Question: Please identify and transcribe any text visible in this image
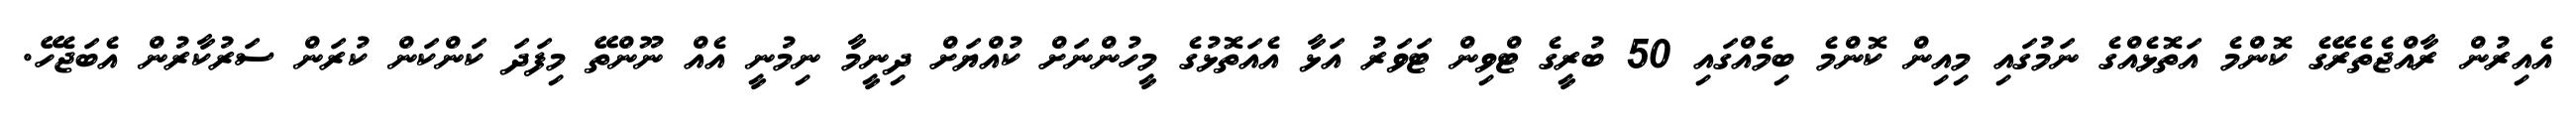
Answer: އެއިރުން ރާއްޖެތެރޭގެ ކޮންމެ އަތޮޅެއްގެ ނަމުގައި މިއިން ކޮންމެ ބިމެއްގައި 50 ބުރީގެ ޓްވިން ޓަވަރު އަޅާ އެއަތޮޅުގެ މީހުންނަށް ކުއްޔަށް ދިނީމާ ނިމުނީ އެއް ނޫންތޭ މިފަދަ ކަންކަން ކުރަން ސަރުކާރުން އެބަޖެހޭ.